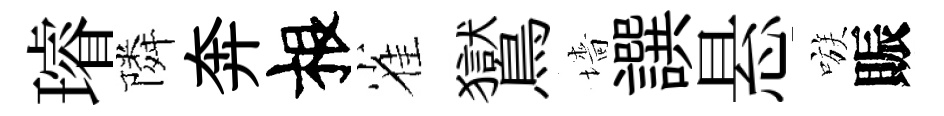
璿隣奔根雀鸑墻譔悬嗾賑